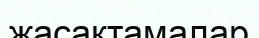
жасақтамалар